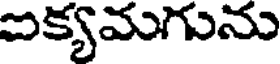
ఐక్యమగును